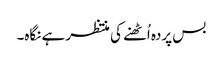
بس پردہ اُٹھنے کی منتظر ہے نگاہ۔